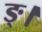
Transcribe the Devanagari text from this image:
ङ्।